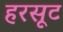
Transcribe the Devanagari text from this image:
हरसूट